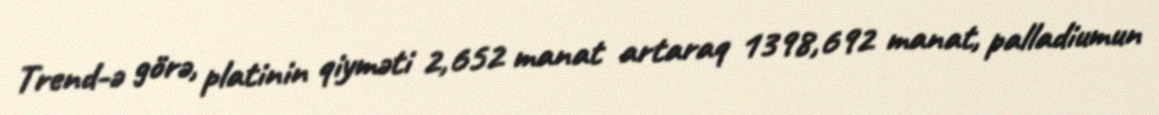
Trend-ə görə, platinin qiyməti 2,652 manat artaraq 1398,692 manat, palladiumun